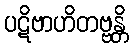
ပဋိဗာဟိတဗ္ဗန္တိ